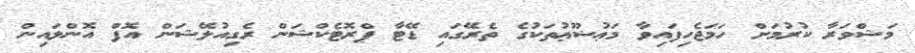
މަޝްވަރާ ކުރުމަށް ހަމަޖެހިފައިވާ މަޢުޟޫޢުތަކުގެ ތެރޭގައި ޑޭޓާ ޕްރޮޓެކްޝަން ރެގިއުލޭޝަން އޮފް އޮންލައިން